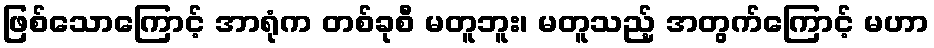
ဖြစ်သောကြောင့် အာရုံက တစ်ခုစီ မတူဘူး၊ မတူသည့် အတွက်ကြောင့် မဟာ